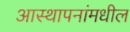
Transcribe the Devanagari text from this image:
आस्थापनांमधील